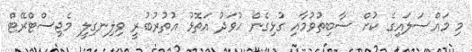
މި މައްސަލައިގެ ކުށް ސާބިތުވުމާއި ގުޅިގެން ހުވަދު އަތޮޅު އުތުރުބުރީ ވިލިނގިލީ މެޖިސްޓްރޭޓް